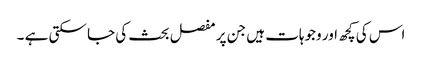
اس کی کچھ اور وجوہات ہیں جن پر مفصل بحث کی جا سکتی ہے ۔